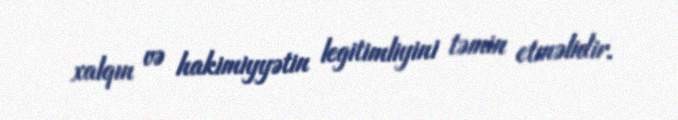
xalqın və hakimiyyətin legitimliyini təmin etməlidir.